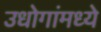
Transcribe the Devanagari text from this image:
उधोगांमध्ये